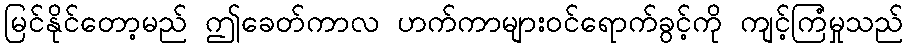
မြင်နိုင်တော့မည် ဤခေတ်ကာလ ဟက်ကာများဝင်ရောက်ခွင့်ကို ကျင့်ကြံမှုသည်